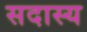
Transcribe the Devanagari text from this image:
सदास्य